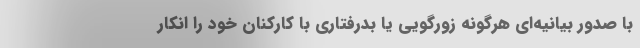
با صدور بیانیه‌ای هرگونه زورگویی یا بدرفتاری با کارکنان خود را انکار